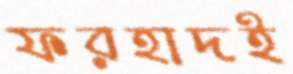
ফরহাদই